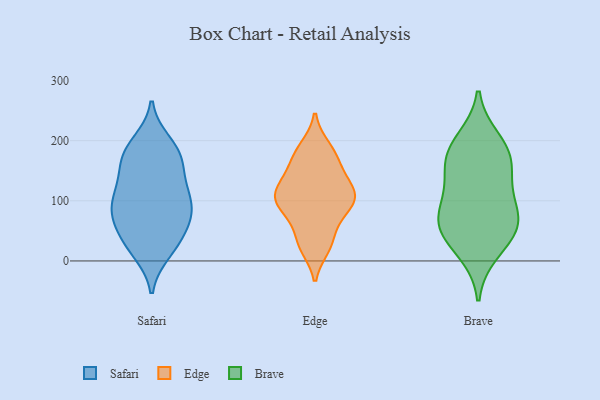
{"axis": {"x": "LTV (USD)", "y": "Value"}, "legend": ["Brave", "Edge", "Safari"], "data": [{"x": "", "y": 26, "type": "Safari"}, {"x": "", "y": 180, "type": "Safari"}, {"x": "", "y": 15, "type": "Safari"}, {"x": "", "y": 73, "type": "Safari"}, {"x": "", "y": 110, "type": "Safari"}, {"x": "", "y": 81, "type": "Safari"}, {"x": "", "y": 75, "type": "Safari"}, {"x": "", "y": 41, "type": "Safari"}, {"x": "", "y": 94, "type": "Safari"}, {"x": "", "y": 197, "type": "Safari"}, {"x": "", "y": 25, "type": "Safari"}, {"x": "", "y": 62, "type": "Safari"}, {"x": "", "y": 148, "type": "Safari"}, {"x": "", "y": 186, "type": "Safari"}, {"x": "", "y": 96, "type": "Safari"}, {"x": "", "y": 131, "type": "Safari"}, {"x": "", "y": 173, "type": "Safari"}, {"x": "", "y": 112, "type": "Safari"}, {"x": "", "y": 164, "type": "Safari"}, {"x": "", "y": 131, "type": "Edge"}, {"x": "", "y": 72, "type": "Edge"}, {"x": "", "y": 183, "type": "Edge"}, {"x": "", "y": 166, "type": "Edge"}, {"x": "", "y": 104, "type": "Edge"}, {"x": "", "y": 104, "type": "Edge"}, {"x": "", "y": 28, "type": "Edge"}, {"x": "", "y": 96, "type": "Edge"}, {"x": "", "y": 120, "type": "Edge"}, {"x": "", "y": 34, "type": "Edge"}, {"x": "", "y": 105, "type": "Edge"}, {"x": "", "y": 133, "type": "Edge"}, {"x": "", "y": 104, "type": "Edge"}, {"x": "", "y": 78, "type": "Edge"}, {"x": "", "y": 24, "type": "Edge"}, {"x": "", "y": 188, "type": "Edge"}, {"x": "", "y": 162, "type": "Edge"}, {"x": "", "y": 64, "type": "Brave"}, {"x": "", "y": 164, "type": "Brave"}, {"x": "", "y": 64, "type": "Brave"}, {"x": "", "y": 200, "type": "Brave"}, {"x": "", "y": 101, "type": "Brave"}, {"x": "", "y": 166, "type": "Brave"}, {"x": "", "y": 181, "type": "Brave"}, {"x": "", "y": 121, "type": "Brave"}, {"x": "", "y": 48, "type": "Brave"}, {"x": "", "y": 60, "type": "Brave"}, {"x": "", "y": 16, "type": "Brave"}]}